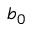
b _ { 0 }